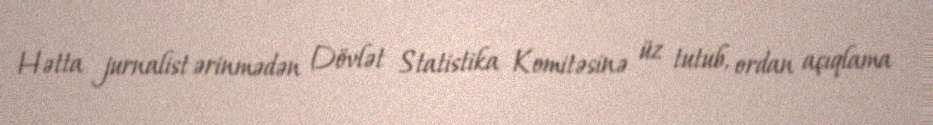
Hətta jurnalist ərinmədən Dövlət Statistika Komitəsinə üz tutub, ordan açıqlama